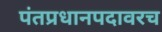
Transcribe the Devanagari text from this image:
पंतप्रधानपदावरच